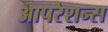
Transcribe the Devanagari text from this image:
आपरेशन्स